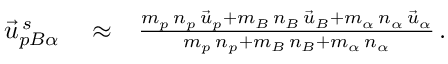
\begin{array} { r l r } { \vec { u } _ { p B \alpha } ^ { \, s } } & { { } \approx } & { \frac { m _ { p } \, n _ { p } \, \vec { u } _ { p } + m _ { B } \, n _ { B } \, \vec { u } _ { B } + m _ { \alpha } \, n _ { \alpha } \, \vec { u } _ { \alpha } } { m _ { p } \, n _ { p } + m _ { B } \, n _ { B } + m _ { \alpha } \, n _ { \alpha } } \, . } \end{array}